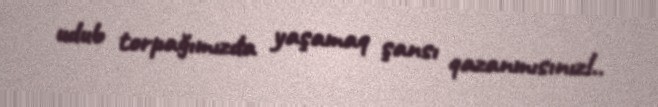
udub torpağımızda yaşamaq şansı qazanmısınız!..